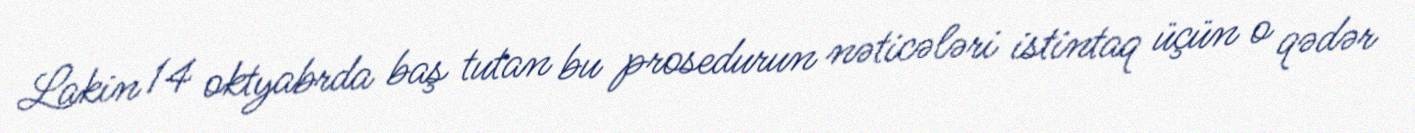
Lakin 14 oktyabrda baş tutan bu prosedurun nəticələri istintaq üçün o qədər